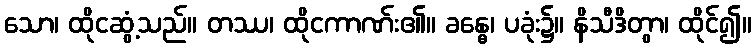
သော၊ ထိုငဆွံ့သည်။ တဿ၊ ထိုငကာဏ်း၏။ ခန္ဓေ၊ ပခုံး၌။ နိသီဒိတွာ၊ ထိုင်၍။